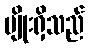
မျိုးရှိသည်